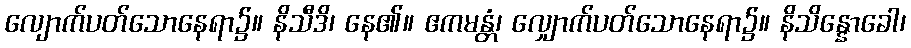
လျောက်ပတ်သောနေရာ၌။ နိသီဒိ၊ နေ၏။ ဧကမန္တံ၊ လျှောက်ပတ်သောနေရာ၌။ နိသိန္နောခေါ၊